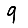
Digit: 9